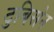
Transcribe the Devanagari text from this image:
टुबिसेन